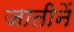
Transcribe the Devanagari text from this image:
जातीनें